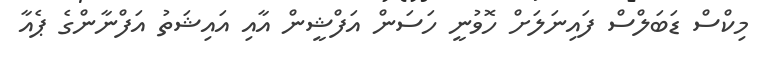
މިކްސް ޑަބަލްސް ފައިނަލަށް ހޮވުނީ ހަސަން އަފްޝީން އާއި އައިޝަތު އަފްނާންގެ ޕެއާ